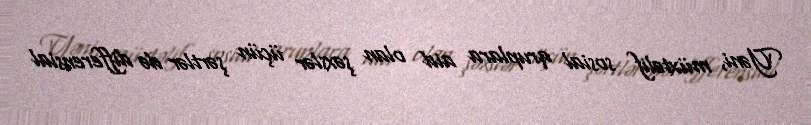
Yəni, müxtəlif sosial qruplara aid olan şəxslər üçün şərtlər də differensial